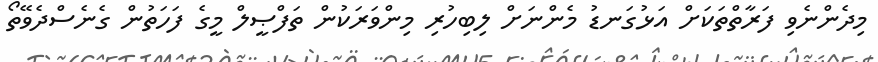
މިދެންނެވި ފަރާތްތަކަށް އަޅުގަނޑު މެންނަށް ލިބިހުރި މިންވަރަކުން ތަފްޞީލް މީގެ ފަހަތުން ގެނެސްދެވޭތޯ